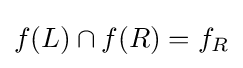
f(L)\cap f(R)=f_{R}